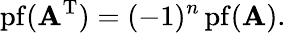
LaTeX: \operatorname{pf}(\mathbf{A}^{\mathrm{{T}}})=(-1)^{n}\operatorname{pf}(\mathbf{A}).